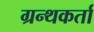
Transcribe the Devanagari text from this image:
ग्रन्थकर्ता